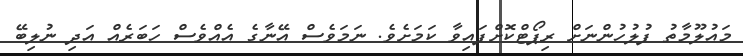
މައުލޫމާތު ފުލުހުންނަށް ރިޕޯޓްކޮށްފައިވާ ކަމަށެވެ. ނަމަވެސް އޭނާގެ އެއްވެސް ހަބަރެއް އަދި ނުލިބޭ